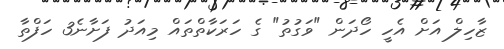
ޒާހިލް އަށް އެހީ ހޯދަން "ވަގުތު" ގެ ހަރަކާތްތައް މިއަދު ފަށާނެ3 ހަފްތާ